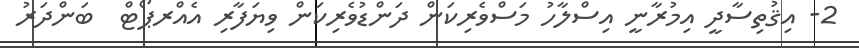
2- އިޤުތިސާދީ އިމުރާނީ އިސްލާހު މަސްވެރިކަން ދަންޑުވެރިކަން ވިޔަފާރި އެއްރޕޯޓް  ބަންދަރު